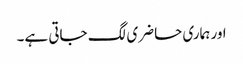
اور ہماری حاضری لگ جاتی ہے۔